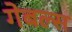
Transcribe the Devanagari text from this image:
गेबल्स